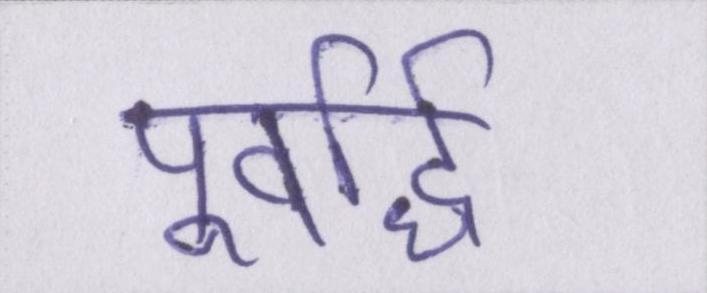
पूर्वार्द्ध